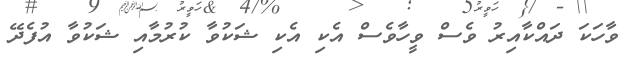
ވާހަކަ ދައްކާއިރު ވެސް ވީހާވެސް އެކި އެކި ޝަކުވާ ކުރުމާއި ޝަކުވާ އުފެދޭ